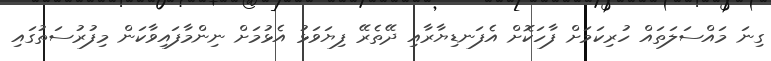
ގިނަ މައްސަލަތައް ހުރިކަމަށް ފާހަކޮށް އެފަނޑިޔާރާއި ދޭތެރޭ ފިޔަވަޅު އެޅުމަށް ނިންމާފައިވާކަން މިފުރުސަތުގައި